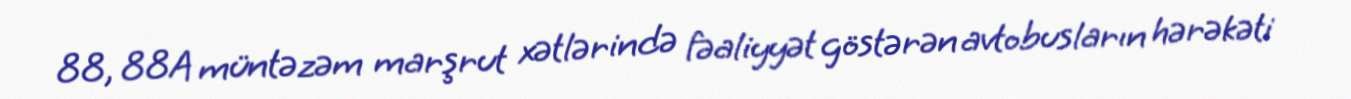
88, 88A müntəzəm marşrut xətlərində fəaliyyət göstərən avtobusların hərəkəti